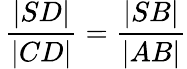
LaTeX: \, {\frac{|SD|}{|CD|}}={\frac{|SB|}{|AB|}}